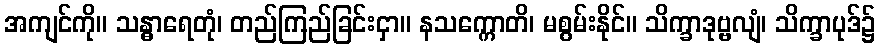
အကျင်ကို။ သန္ဓာရေတုံ၊ တည်ကြည်ခြင်းငှာ။ နသက္ကောတိ၊ မစွမ်းနိုင်။ သိက္ခာဒုဗ္ဗလျံ၊ သိက္ခာပုဒ်၌